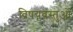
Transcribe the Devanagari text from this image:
विषयवस्‍तुओं